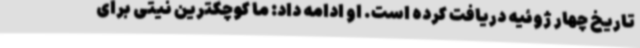
تاریخ چهار ژوئیه دریافت کرده است. او ادامه داد: ما کوچکترین نیتی برای